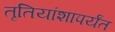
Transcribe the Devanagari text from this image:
तृतियांशापर्यंत